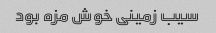
سیب زمینی خوش مزه بود